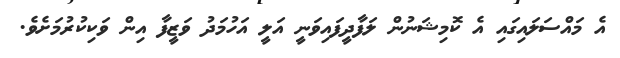
އެ މައްސަލައިގައި އެ ކޮމިޝަނުން ލަފާދީފައިވަނީ އަލީ އަހުމަދު ވަޒީފާ އިން ވަކިކުރުމަށެވެ.